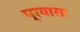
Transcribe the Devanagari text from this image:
प्रयासा